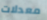
معدلات